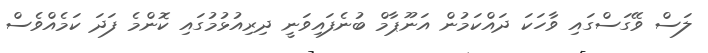
ލަސް ވޭގަސްގައި ވާހަކަ ދައްކަމުން އަނޫޕާމް ބުނެފައިވަނީ ދިރިއުޅުމުގައި ކޮންމެ ފަދަ ކަމެއްވެސް